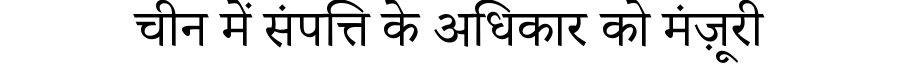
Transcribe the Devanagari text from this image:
चीन में संपत्ति के अधिकार को मंज़ूरी